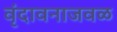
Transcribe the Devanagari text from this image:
वृंदावनाजवळ